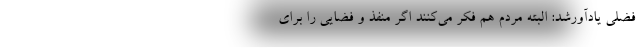
فضلی یادآورشد: البته مردم هم فکر می‌کنند اگر منفذ و فضایی را برای